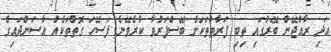
އަދި ރާއްޖޭން ބޭރުގައި ތިބި ފަރާތްތަކަށް ބޭސްފަރުވާ ކުރެވޭނެ ފަސޭހަ ގޮތްތަކެއް އާސަންދައިގެ